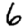
Digit: 6